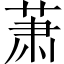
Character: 萧